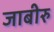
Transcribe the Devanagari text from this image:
जाबीरु